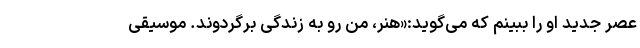
عصر جدید او را ببینم که می‌گوید:«هنر، من رو به زندگی برگردوند. موسیقی